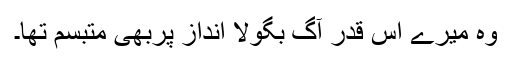
وہ میرے اس قدر آگ بگولا انداز پربھی متبسم تھا۔